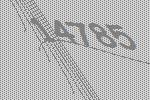
14785